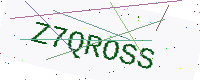
Text: Z7QROSS